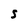
Character: S